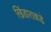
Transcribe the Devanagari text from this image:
खिंडाराकडे